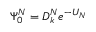
\Psi _ { 0 } ^ { N } = D _ { k } ^ { N } e ^ { - U _ { N } }